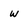
Character: w